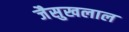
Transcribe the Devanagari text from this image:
जैसुखलाल